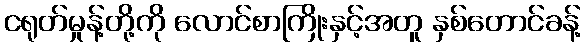
ငရုတ်မှုန့်တို့ကို လောင်စာကြိုးနှင့်အတူ နှစ်တောင်ခန့်